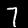
Digit: 7